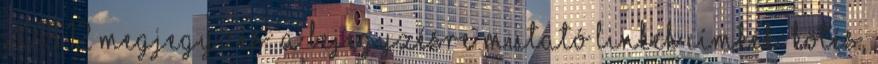
2013 12 megjegyzés: A bejegyzésre mutató linkek Címkék: Kötés,